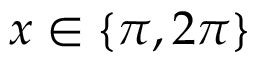
x \in \{ \pi , 2 \pi \}